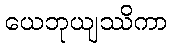
ယေဘုယျဿိကာ